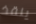
ينقذ